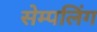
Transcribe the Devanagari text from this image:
सेम्पलिंग